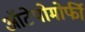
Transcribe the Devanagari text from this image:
ऑटेपोमोर्फी